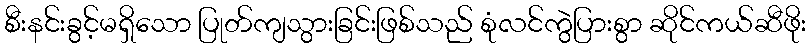
စီးနင်းခွင့်မရှိသော ပြုတ်ကျသွားခြင်းဖြစ်သည် စုံလင်ကွဲပြားစွာ ဆိုင်ကယ်ဆီဖိုး